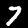
Digit: 7